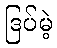
ဒြပ်မဲ့